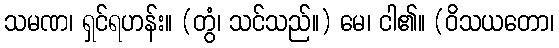
သမဏ၊ ရှင်ရဟန်း။ (တွံ၊ သင်သည်။) မေ၊ ငါ၏။ (ဝိသယတော၊